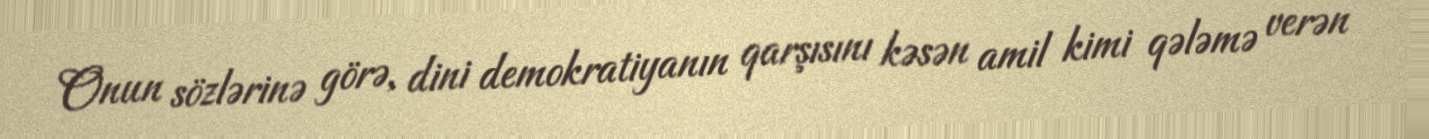
Onun sözlərinə görə, dini demokratiyanın qarşısını kəsən amil kimi qələmə verən